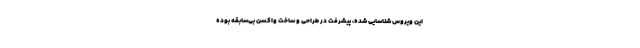
این ویروس شناسایی شده، پیشرفت در طراحی و ساخت واکسن بی‌سابقه بوده